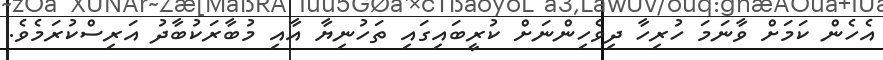
އެހެން ކަމަށް ވާނަމަ ހުރިހާ ދިވެހިންނަށް ކުރީބައިގައި ތަހުނިޔާ އާއި މުބާރަކުބާދު އަރިސްކުރަމެވެ.